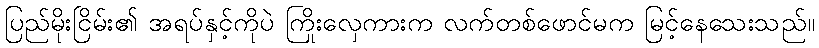
ပြည်မိုးငြိမ်း၏ အရပ်နှင့်ကိုပဲ ကြိုးလှေကားက လက်တစ်ဖောင်မက မြင့်နေသေးသည်။